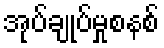
အုပ်ချုပ်မှုစနစ်